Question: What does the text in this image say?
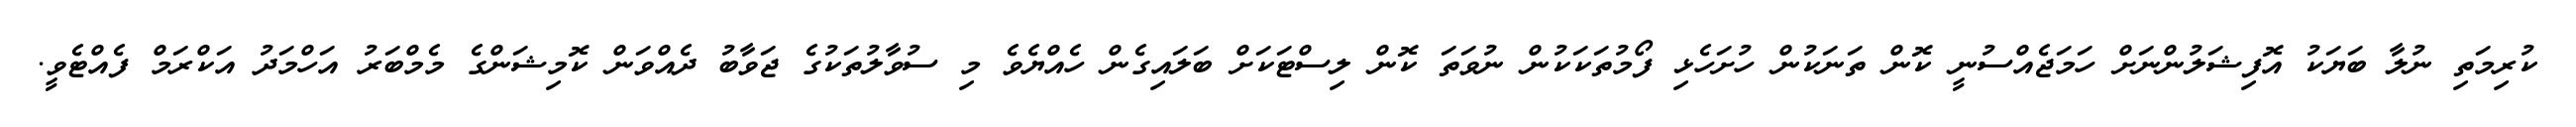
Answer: ކުރިމަތި ނުލާ ބަޔަކު އޮފިޝަލުންނަށް ހަމަޖެއްސުނީ ކޮން ތަނަކުން ހުށަހެޅި ފޯމުތަކަކުން ނުވަތަ ކޮން ލިސްޓަކަށް ބަލައިގެން ހެއްޔެވެ މި ސުވާލުތަކުގެ ޖަވާބު ދެއްވަން ކޮމިޝަންގެ މެމްބަރު އަހްމަދު އަކްރަމް ފެއްޓެވީ.